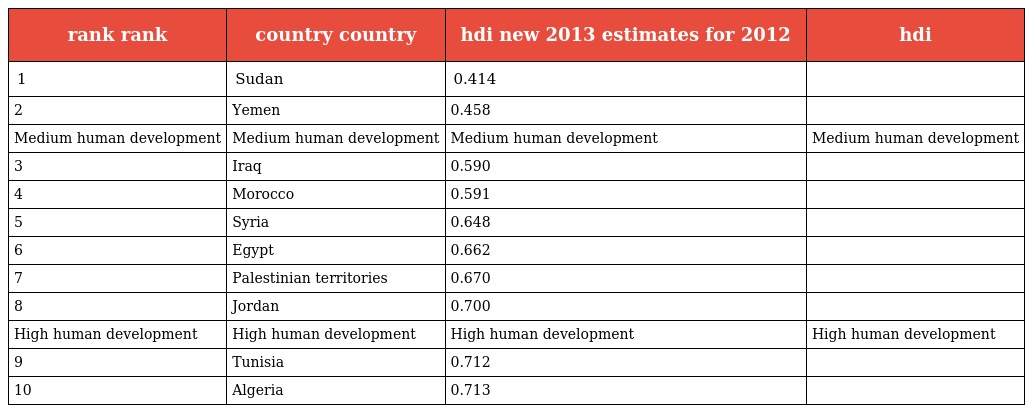
| rank rank | country country | hdi new 2013 estimates for 2012 | hdi |
 | --- | --- | --- | --- |
 | 1 | Sudan | 0.414 |  |
 | 2 | Yemen | 0.458 |  |
 | Medium human development | Medium human development | Medium human development | Medium human development |
 | 3 | Iraq | 0.590 |  |
 | 4 | Morocco | 0.591 |  |
 | 5 | Syria | 0.648 |  |
 | 6 | Egypt | 0.662 |  |
 | 7 | Palestinian territories | 0.670 |  |
 | 8 | Jordan | 0.700 |  |
 | High human development | High human development | High human development | High human development |
 | 9 | Tunisia | 0.712 |  |
 | 10 | Algeria | 0.713 |  |